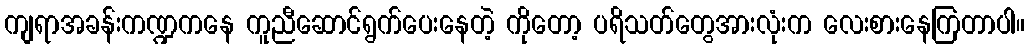
ကျရာအခန်းကဏ္ဍကနေ ကူညီဆောင်ရွက်ပေးနေတဲ့ ကိုတော့ ပရိသတ်တွေအားလုံးက လေးစားနေကြတာပါ။